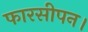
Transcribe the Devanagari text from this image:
फारसीपन।